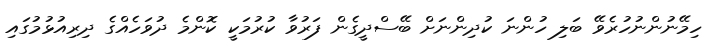
ހިމޭނުންނުހުރެވޭ ބަލި ހުންނަ ކުދިންނަށް ބޭސްދީގެން ފަރުވާ ކުރުމަކީ ކޮންމެ ދުވަހެއްގެ ދިރިއުޅުމުގައި